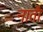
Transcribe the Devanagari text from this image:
नातौ